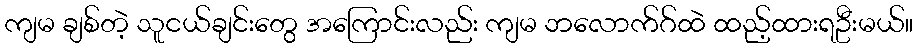
ကျမ ချစ်တဲ့ သူငယ်ချင်းတွေ အကြောင်းလည်း ကျမ ဘလောက်ဂ်ထဲ ထည့်ထားရဦးမယ်။